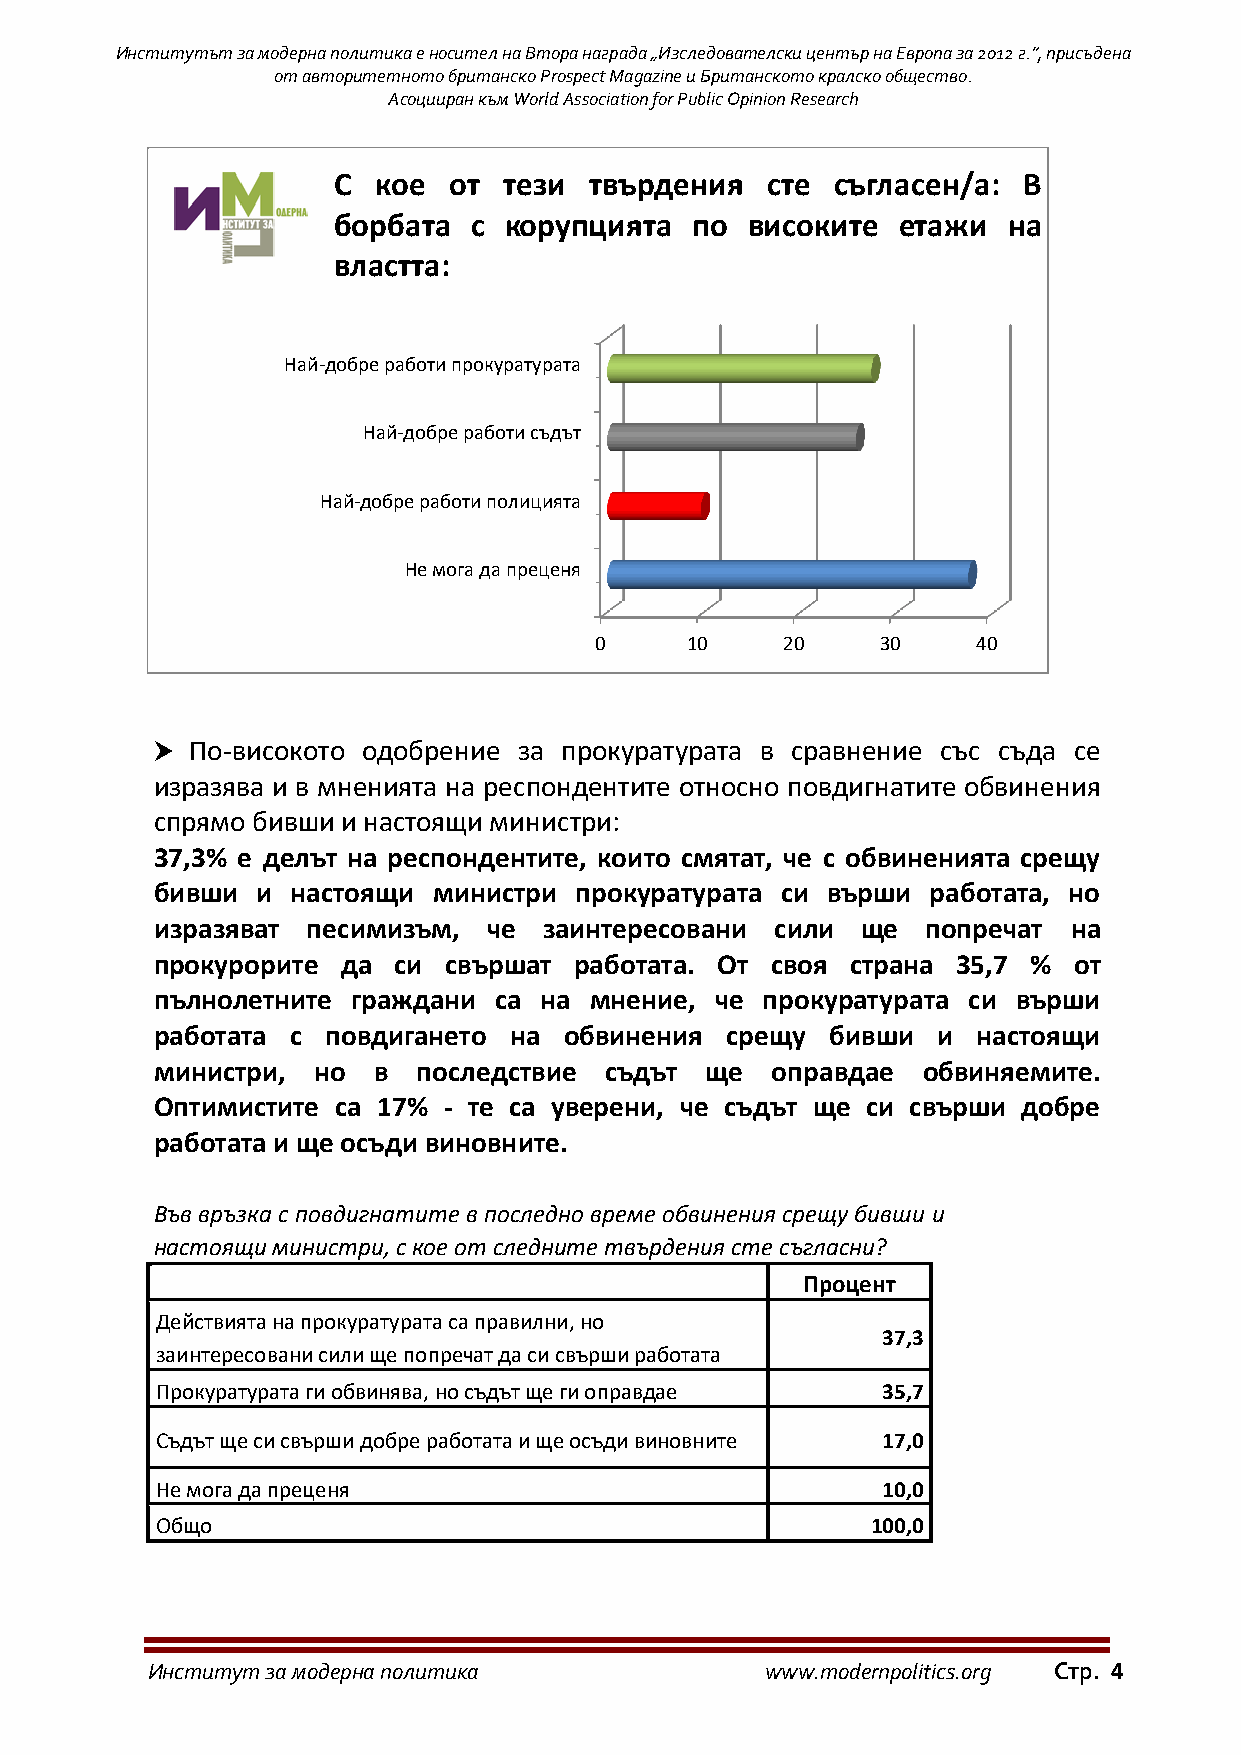
Институтът за модерна политика е носител на Втора награда „Изследователски център на Европа за 2012 г.”, присъдена
 от авторитетното британско Prospect Magazine и Британското кралско общество.
 Асоцииран към World Association for Public Opinion Research
 С  кое  от тези  твърдения   сте съгласен/а:  В
 борбата  с корупцията   по високите  етажи   на
 властта:
 Най-добре работи прокуратурата
 Най-добре работи съдът
 Най-добре работи полицията
 Не мога да преценя
 0     10     20    30     40
   По-високото одобрение за прокуратурата в сравнение със съда се
 изразява и в мненията на респондентите относно повдигнатите обвинения
 спрямо бивши и настоящи министри:
 37,3% е делът на респондентите, които смятат, че с обвиненията срещу
 бивши  и настоящи  министри прокуратурата си върши  работата, но
 изразяват песимизъм,  че  заинтересовани сили  ще  попречат  на
 прокурорите  да си свършат  работата. От своя страна 35,7 %  от
 пълнолетните граждани  са на мнение, че прокуратурата си върши
 работата с  повдигането на обвинения  срещу  бивши  и  настоящи
 министри,  но  в  последствие съдът  ще  оправдае  обвиняемите.
 Оптимистите са 17% - те са уверени, че съдът ще си свърши добре
 работата и ще осъди виновните.
 Във връзка с повдигнатите в последно време обвинения срещу бивши и
 настоящи министри, с кое от следните твърдения сте съгласни?
 Процент
 Действията на прокуратурата са правилни, но
 37,3
 заинтересовани сили ще попречат да си свърши работата
 Прокуратурата ги обвинява, но съдът ще ги оправдае 35,7
 Съдът ще си свърши добре работата и ще осъди виновните 17,0
 Не мога да преценя                              10,0
 Общо                                            100,0
 Институт за модерна политика             www.modernpolitics.org Стр. 4